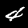
Label: 4